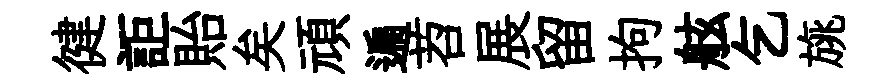
徤詎貽矣頑遍苕展留拘舷乞旐